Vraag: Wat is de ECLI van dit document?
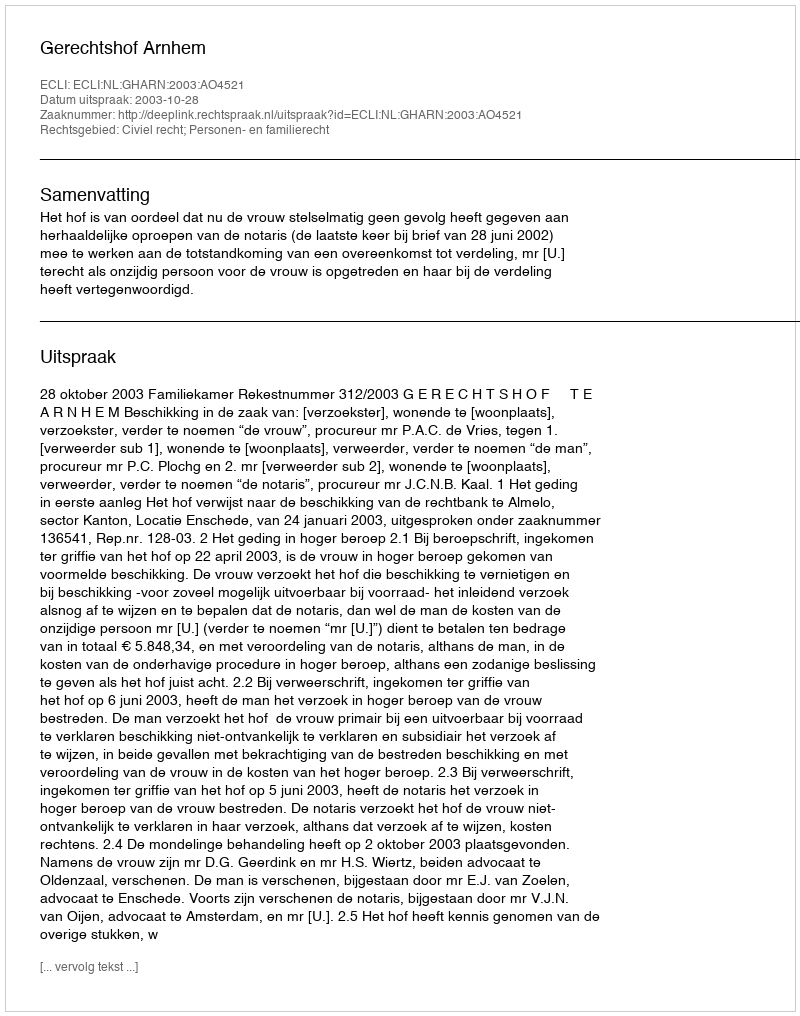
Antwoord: ECLI:NL:GHARN:2003:AO4521